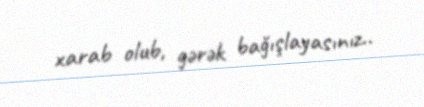
xarab olub, gərək bağışlayasınız..